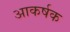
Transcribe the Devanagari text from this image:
अाकर्षक